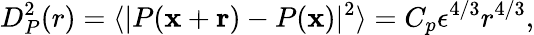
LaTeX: D_{P}^{2}(r)=\langle|P(\mathbf{x}+\mathbf{r})-P(\mathbf{x})|^{2}\rangle=C_{p}\epsilon^{4/3}r^{4/3},